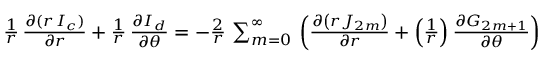
\begin{array} { r } { { \frac { 1 } { r } } \, { \frac { \partial ( r \, I _ { c } ) } { \partial r } } + { \frac { 1 } { r } } \, { \frac { \partial I _ { d } } { \partial \theta } } = - { \frac { 2 } { r } } \, \sum _ { m = 0 } ^ { \infty } \, \left( { \frac { \partial \left( r J _ { 2 m } \right) } { \partial r } } + \left( { \frac { 1 } { r } } \right) { \frac { \partial G _ { 2 m + 1 } } { \partial \theta } } \right) } \end{array}